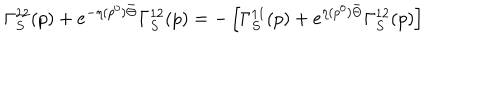
\Gamma _ { S } ^ { 2 2 } ( p ) + e ^ { - \eta ( p ^ { 0 } ) \bar { \Theta } } \Gamma _ { S } ^ { 1 2 } ( p ) = - \left[ \Gamma _ { S } ^ { 1 1 } ( p ) + e ^ { \eta ( p ^ { 0 } ) \bar { \Theta } } \Gamma _ { S } ^ { 1 2 } ( p ) \right]